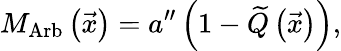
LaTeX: M_{\mathrm{Arb}}\left(\vec{x}\right)=a^{\prime\prime}\left(1-\widetilde{Q}\left(\vec{x}\right)\right),